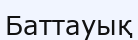
Баттауық